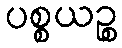
ပစ္စယဉ္စ